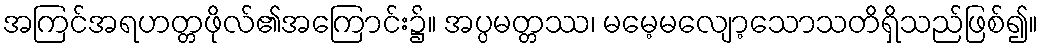
အကြင်အရဟတ္တဖိုလ်၏အကြောင်း၌။ အပ္ပမတ္တဿ၊ မမေ့မလျော့သောသတိရှိသည်ဖြစ်၍။